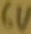
Text: 6V